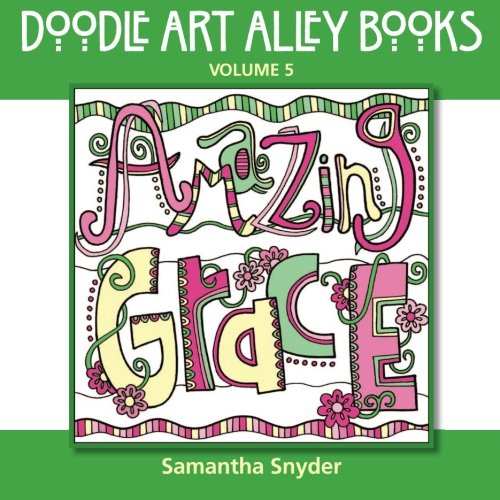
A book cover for Amazing Grace (Doodle Art Alley Books) (Volume 5); Samantha Snyder; Crafts, Hobbies & Home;